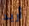
أريد